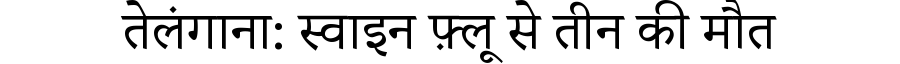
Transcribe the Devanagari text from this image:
तेलंगाना: स्वाइन फ़्लू से तीन की मौत